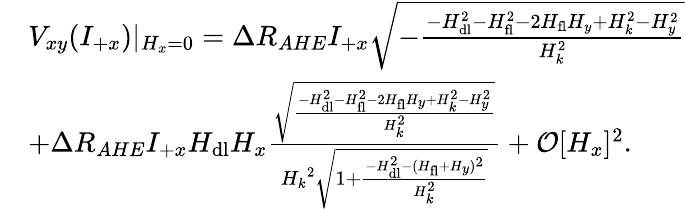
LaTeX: \begin{array}{rl}&{V_{xy}(I_{+x})\lvert{_{H_{x}=0}}=\Delta R_{AHE}I_{+x}\sqrt{-\frac{-H_{\mathrm{dl}}^{2}-H_{\mathrm{fl}}^{2}-2H_{\mathrm{fl}}H_{y}+H_{k}^{2}-H_{y}^{2}}{H_{k}^{2}}}}\\ &{+\Delta R_{AHE}I_{+x}H_{\mathrm{dl}}H_{x}\frac{\sqrt{\frac{-H_{\mathrm{dl}}^{2}-H_{\mathrm{fl}}^{2}-2H_{\mathrm{fl}}H_{y}+H_{k}^{2}-H_{y}^{2}}{H_{k}^{2}}}}{{H_{k}}^{2}\sqrt{1+\frac{-H_{\mathrm{dl}}^{2}-(H_{\mathrm{fl}}+H_{y})^{2}}{H_{k}^{2}}}}+\mathcal{O}[H_{x}]^{2}.}\end{array}